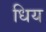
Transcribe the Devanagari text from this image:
धिय